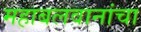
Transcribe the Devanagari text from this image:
महाबलवानांचा